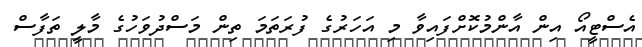
އެސްޓީއޯ އިން އާންމުކޮށްފައިވާ މި އަހަރުގެ ފުރަތަމަ ތިން މަސްދުވަހުގެ މާލީ ތަފާސް